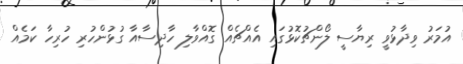
އުމަރު ވިދާޅުވީ ރިޔާސީ ލޯންޗުކޮޅުގައި އެއްޗެއް ގޮއްވާލި ހާދިސާއާ ގުޅުންހުރި ހުރިހާ ކަމެއް